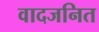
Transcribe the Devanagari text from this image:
वादजनित